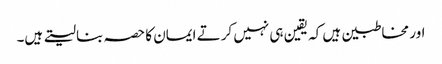
اور مخاطبین ہیں کہ یقین ہی نہیں کرتے ایمان کا حصہ بنا لیتے ہیں۔